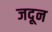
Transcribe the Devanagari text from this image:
जदून